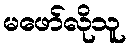
မဖော်လိုသူ